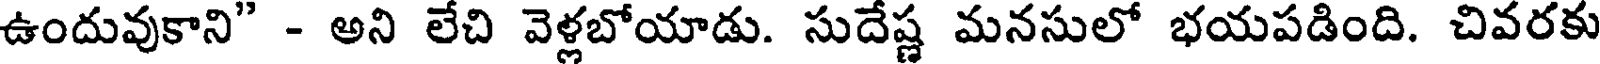
ఉందువుకాని" - అని లేచి వెళ్లబోయాడు. సుదేష్ణ మనసులో భయపడింది. చివరకు